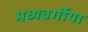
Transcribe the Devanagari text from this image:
मध्यवर्गीया